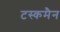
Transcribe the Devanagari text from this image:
टस्कमैन